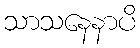
သာသနေနာပိ